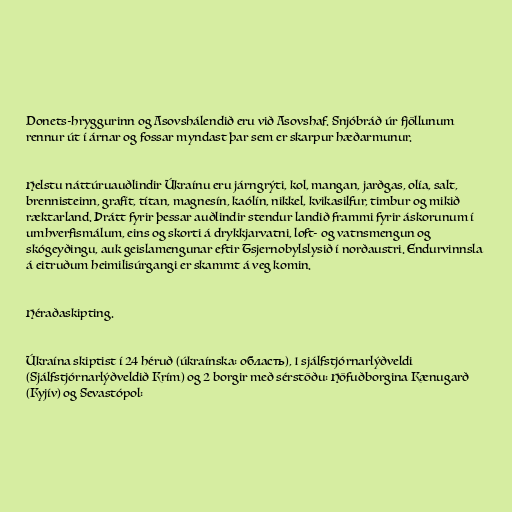
Donets-hryggurinn og Asovshálendið eru við Asovshaf. Snjóbráð úr fjöllunum
rennur út í árnar og fossar myndast þar sem er skarpur hæðarmunur.

Helstu náttúruauðlindir Úkraínu eru járngrýti, kol, mangan, jarðgas, olía, salt,
brennisteinn, grafít, títan, magnesín, kaólín, nikkel, kvikasilfur, timbur og mikið
ræktarland. Þrátt fyrir þessar auðlindir stendur landið frammi fyrir áskorunum í
umhverfismálum, eins og skorti á drykkjarvatni, loft- og vatnsmengun og
skógeyðingu, auk geislamengunar eftir Tsjernobylslysið í norðaustri. Endurvinnsla
á eitruðum heimilisúrgangi er skammt á veg komin.

Héraðaskipting.

Úkraína skiptist í 24 héruð (úkraínska: область), 1 sjálfstjórnarlýðveldi
(Sjálfstjórnarlýðveldið Krím) og 2 borgir með sérstöðu: Höfuðborgina Kænugarð
(Kyjív) og Sevastópol: